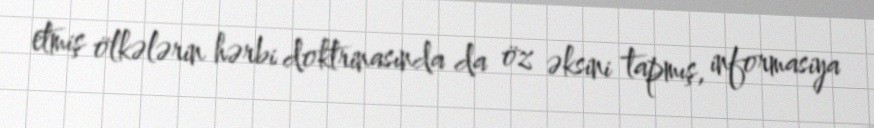
etmiş ölkələrin hərbi doktrinasında da öz əksini tapmış, informasiya